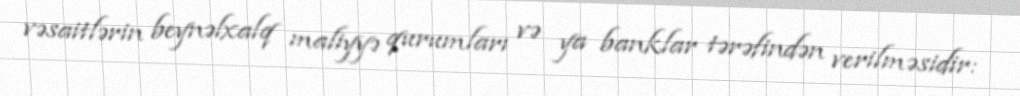
vəsaitlərin beynəlxalq maliyyə qurumları və ya banklar tərəfindən verilməsidir: